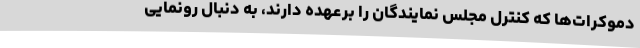
دموکرات‌ها که کنترل مجلس نمایندگان را برعهده دارند، به دنبال رونمایی